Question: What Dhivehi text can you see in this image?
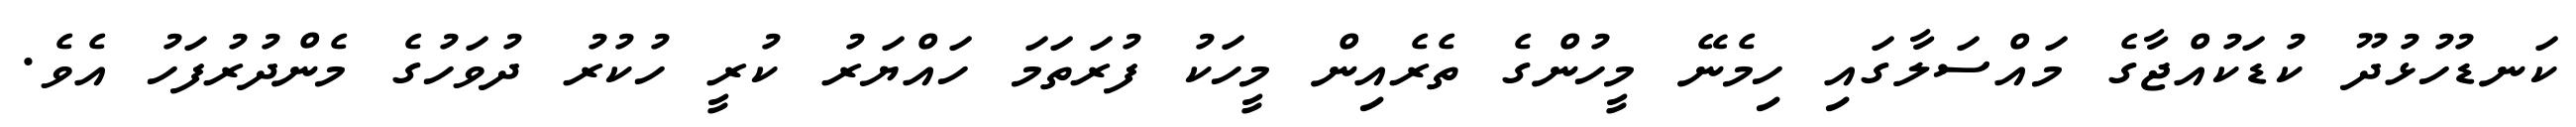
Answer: ކަނޑުހުޅުދޫ ކުޑަކުއްޖާގެ މައްސަލާގައި ހިމެނޭ މީހުންގެ ތެރެއިން މީހަކު ފުރަތަމަ ހައްޔަރު ކުރީ ހުކުރު ދުވަހުގެ މެންދުރުފަހު އެވެ.